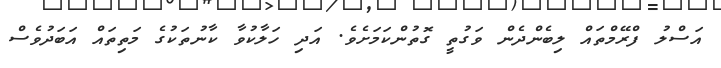
އަސްލު ފްރޭމްތައް ލިބެންދެން ވަގުތީ ގޮތުންކަމަށެވެ. އަދި ހަލާކުވާ ކާނުތަކުގެ މަތިތައް އަބަދުވެސް